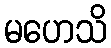
မဟေသိ